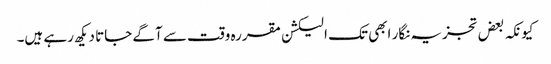
کیونکہ بعض تجزیہ نگار ابھی تک الیکشن مقررہ وقت سے آگے جاتا دیکھ رہے ہیں۔